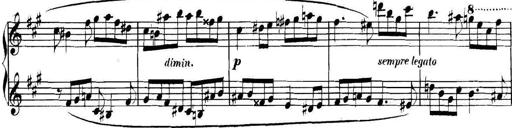
Title: Collected Piano Sonatas
Composer: Muzio Clementi